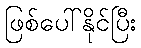
ဖြစ်ပေါ်နိုင်ပြီး